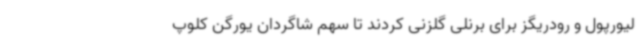
لیورپول و رودریگز برای برنلی گلزنی کردند تا سهم شاگردان یورگن کلوپ